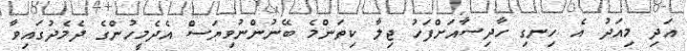
އަދި މިއަދު އެ ހިނގި ހާދިސާއަށްފަހު ޖިލާ ކިތަންމެ ބޭނުންނުވިޔަސް އެދެމީހުންގެ ދެމެދުގައިވާ